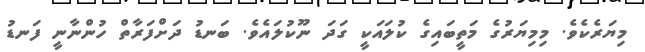
މިޔަރެކެވެ. މިމިޔަރުގެ މަތީބައިގެ ކުލައަކީ ގަދަ ނޫކުލައެވެ. ބަނޑު ދަށްފަރާތް ހުންނާނީ ފަނޑު